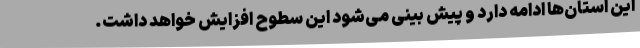
این استان‌ها ادامه دارد و پیش بینی می‌شود این سطوح افزایش خواهد داشت.